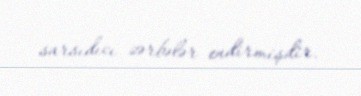
sarsıdıcı zərbələr endirmişdir.